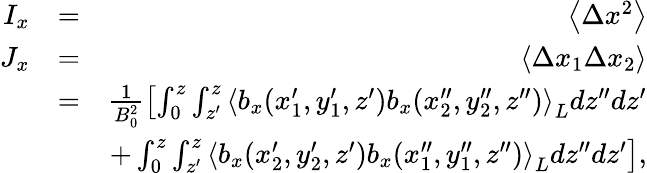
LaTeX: \begin{array}{rlr}{I_{x}}&{=}&{\left\langle\Delta x^{2}\right\rangle}\\ {J_{x}}&{=}&{\left\langle\Delta x_{1}\Delta x_{2}\right\rangle}\\ &{=}&{\frac{1}{B_{0}^{2}}\left[\int_{0}^{z}\int_{z^{\prime}}^{z}\left\langle b_{x}(x_{1}^{\prime},y_{1}^{\prime},z^{\prime})b_{x}(x_{2}^{\prime\prime},y_{2}^{\prime\prime},z^{\prime\prime})\right\rangle_{L}d{z}^{\prime\prime}d{z}^{\prime}\right.}\\ &{}&{\left.+\int_{0}^{z}\int_{z^{\prime}}^{z}\left\langle b_{x}(x_{2}^{\prime},y_{2}^{\prime},z^{\prime})b_{x}(x_{1}^{\prime\prime},y_{1}^{\prime\prime},z^{\prime\prime})\right\rangle_{L}d{z}^{\prime\prime}d{z}^{\prime}\right],}\end{array}